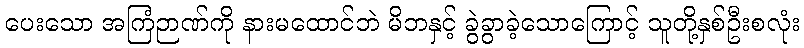
ပေးသော အကြံဉာဏ်ကို နားမထောင်ဘဲ မိဘနှင့် ခွဲခွာခဲ့သောကြောင့် သူတို့နှစ်ဦးစလုံး